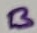
Text: B